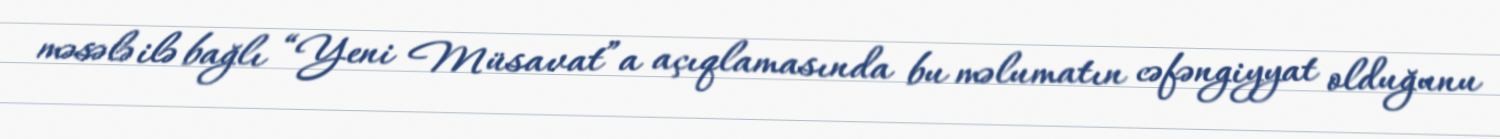
məsələ ilə bağlı “Yeni Müsavat”a açıqlamasında bu məlumatın cəfəngiyyat olduğunu